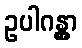
ဥပါဂန္တွာ